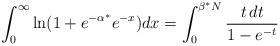
LaTeX: \begin{align*}\int_{0}^{\infty} \ln(1+ e^{-\alpha^*} e^{-x} ) dx = \int_0^{\beta^* N} \frac{t\, dt}{1-e^{-t}}\end{align*}